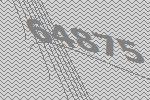
64875